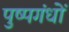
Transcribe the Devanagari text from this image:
पुष्पगंधों